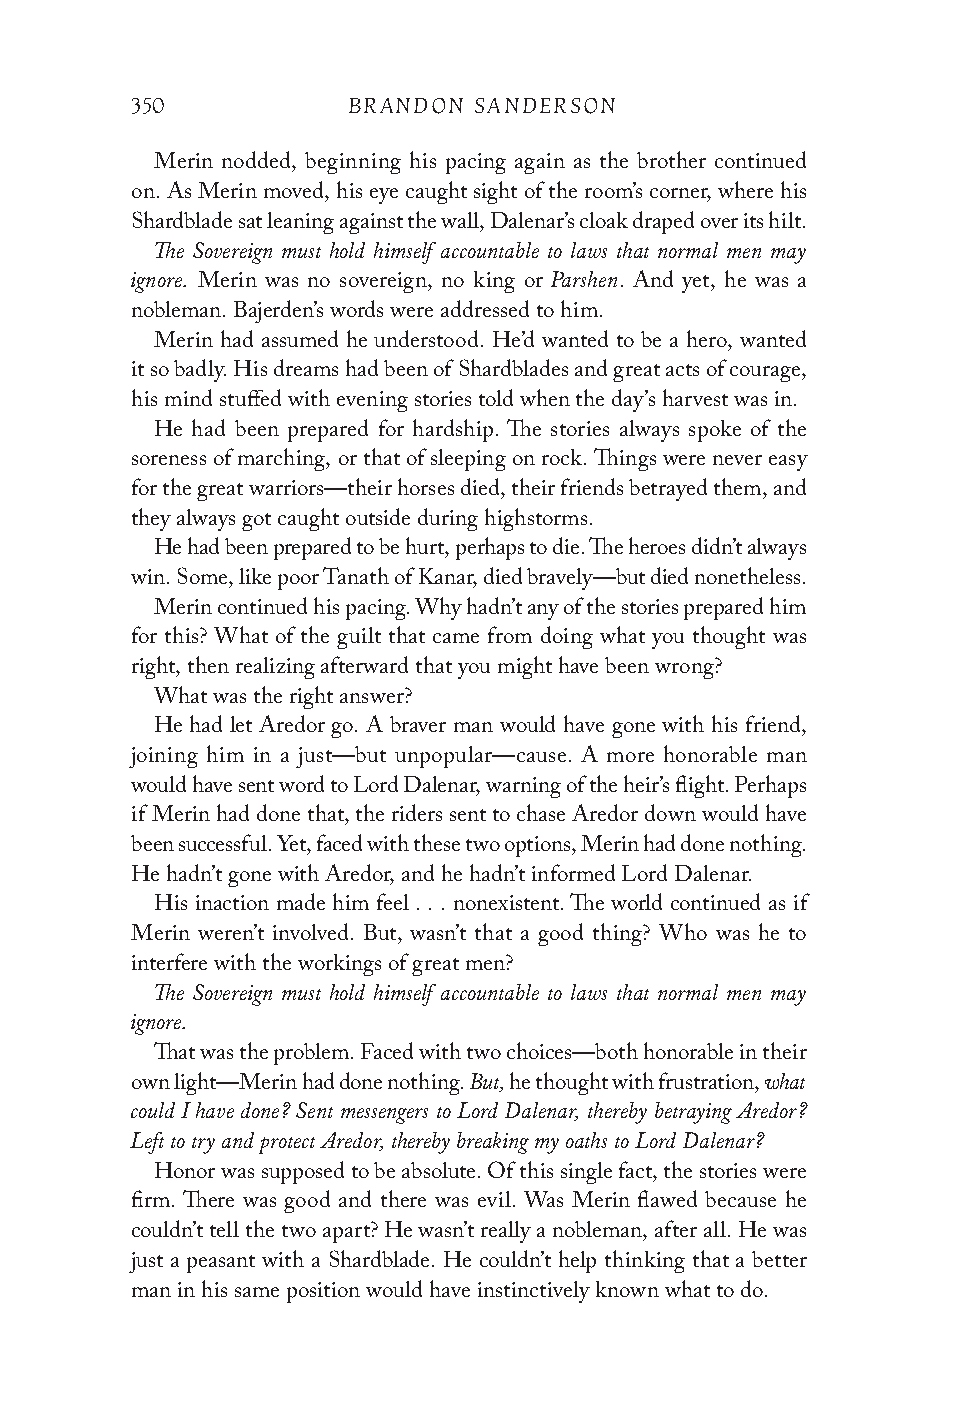
350           BRANDON SANDERSON
 Merin nodded, beginning his pacing again as the brother continued
 on. As Merin moved, his eye caught sight of the room’s corner, where his
 Shardblade sat leaning against the wall, Dalenar’s cloak draped over its hilt.
 The Sovereign must hold himself accountable to laws that normal men may
 ignore.                    Parshen
 Merin was no sovereign, no king or . And yet, he was a
 nobleman. Bajerden’s words were addressed to him.
 Merin had assumed he understood. He’d wanted to be a hero, wanted
 it so badly. His dreams had been of Shardblades and great acts of courage,
 his mind stuffed with evening stories told when the day’s harvest was in.
 He had been prepared for hardship. The stories always spoke of the
 soreness of marching, or that of sleeping on rock. Things were never easy
 for the great warriors—their horses died, their friends betrayed them, and
 they always got caught outside during highstorms.
 He had been prepared to be hurt, perhaps to die. The heroes didn’t always
 win. Some, like poor Tanath of Kanar, died bravely—but died nonetheless.
 Merin continued his pacing. Why hadn’t any of the stories prepared him
 for this? What of the guilt that came from doing what you thought was
 right, then realizing afterward that you might have been wrong?
 What was the right answer?
 He had let Aredor go. A braver man would have gone with his friend,
 joining him in a just—but unpopular—cause. A more honorable man
 would have sent word to Lord Dalenar, warning of the heir’s flight. Perhaps
 if Merin had done that, the riders sent to chase Aredor down would have
 been successful. Yet, faced with these two options, Merin had done nothing.
 He hadn’t gone with Aredor, and he hadn’t informed Lord Dalenar.
 His inaction made him feel . . . nonexistent. The world continued as if
 Merin weren’t involved. But, wasn’t that a good thing? Who was he to
 interfere with the workings of great men?
 The Sovereign must hold himself accountable to laws that normal men may
 ignore.
 That was the problem. Faced with two choices—both honorable in their
 But,                what
 own light—Merin had done nothing. he thought with frustration,
 could I have done? Sent messengers to Lord Dalenar, thereby betraying Aredor?
 Left to try and protect Aredor, thereby breaking my oaths to Lord Dalenar?
 Honor was supposed to be absolute. Of this single fact, the stories were
 firm. There was good and there was evil. Was Merin flawed because he
 couldn’t tell the two apart? He wasn’t really a nobleman, after all. He was
 just a peasant with a Shardblade. He couldn’t help thinking that a better
 man in his same position would have instinctively known what to do.